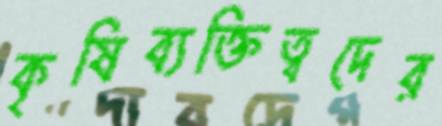
কৃষিব্যক্তিত্বদের